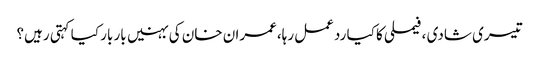
تیسری شادی ،فیملی کا کیا ردعمل رہا،عمران خان کی بہنیں بار بار کیا کہتی رہیں؟